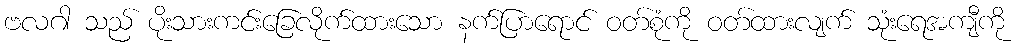
ဗလဂါ သည် ပိုးသားကင်းခြေလိုက်ထားသော နက်ပြာရောင် ဝတ်စုံကို ဝတ်ထားလျက် သုံးရေအကျီကို